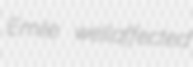
Emile wellaffected